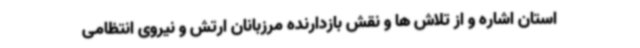
استان اشاره و از تلاش ها و نقش بازدارنده مرزبانان ارتش و نیروی انتظامی